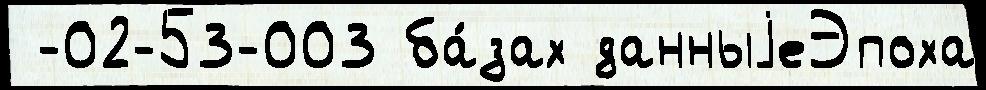
 -02-53-003 ба́зах данныjеЭпоха